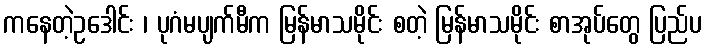
ကနေတဲ့ဥဒေါင်း ၊ ပုဂံမပျက်မီက မြန်မာသမိုင်း စတဲ့ မြန်မာသမိုင်း စာအုပ်တွေ ပြည်ပ